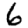
Digit: 6